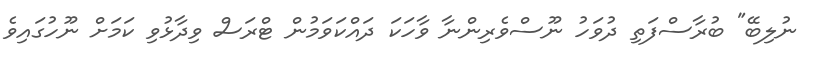
ނުލިބޭ" ބުރާސްފަތި ދުވަހު ނޫސްވެރިންނާ ވާހަކަ ދައްކަވަމުން ޓްރަސް ވިދާޅުވި ކަމަށް ނޫހުގައިވެ